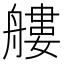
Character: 艛